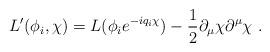
LaTeX: \begin{align*}L'(\phi_i,\chi) = L(\phi_i e^{-iq_i\chi}) - \frac{1}{2} \partial_\mu\chi \partial^\mu \chi\ .\end{align*}